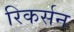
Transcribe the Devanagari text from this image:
रिकर्सन